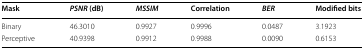
<table><thead><tr><td><b>Mask</b></td><td><b><i>PSNR</i> (dB)</b></td><td><b><i>MSSIM</i></b></td><td><b>Correlation</b></td><td><b><i>BER</i></b></td><td><b>Modified bits</b></td></tr></thead><tbody><tr><td>Binary</td><td>46.3010</td><td>0.9927</td><td>0.9996</td><td>0.0487</td><td>3.1923</td></tr><tr><td>Perceptive</td><td>40.9398</td><td>0.9912</td><td>0.9988</td><td>0.0090</td><td>0.6153</td></tr></tbody></table>